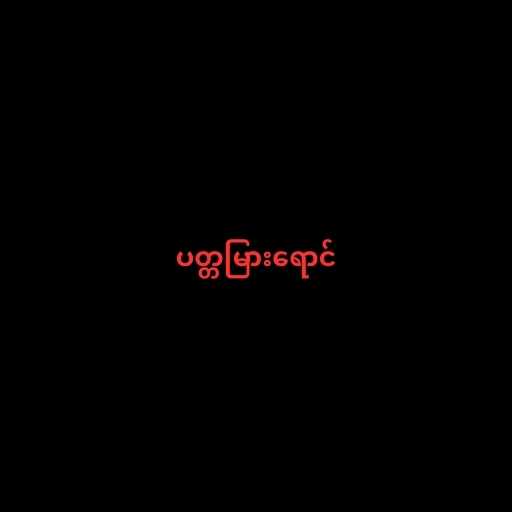
ပတ္တမြားရောင်